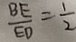
\frac { B E } { E D } = \frac { 1 } { 2 }